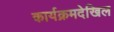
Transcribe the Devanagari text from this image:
कार्यक्रमदेखिल